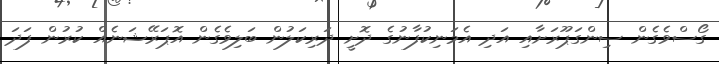
ގޯސްވެގެން ސިންގަޕޫރަށާއި އަދި އެމަނިކުފާނުގެ ދޮށީ ދަރިކަލުން ބަލިވެގެން އޮޕަރޭޝަނެއް ކުރުން ފަދަ